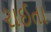
રાઈતા